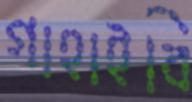
গাহাইবি